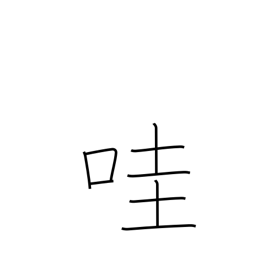
Meaning: laughing child's voice